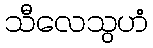
သီလေသွဟံ